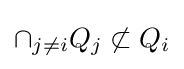
\cap _{j\neq i}Q_{j}\not \subset Q_{i}